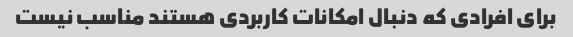
برای افرادی که دنبال امکانات کاربردی هستند مناسب نیست